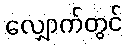
လျှောက်တွင်